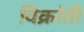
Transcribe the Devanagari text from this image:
विक्रांती